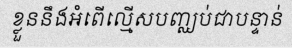
ខ្លួននឹងអំពើល្មើសបញ្ឈប់ជាបន្ទាន់